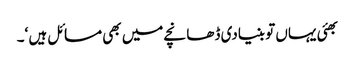
بھئی یہاں تو بنیادی ڈھانچے میں بھی مسائل ہیں ‘۔